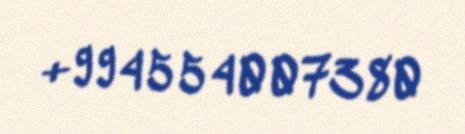
+994554007380